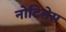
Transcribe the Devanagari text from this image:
नोटिसेस